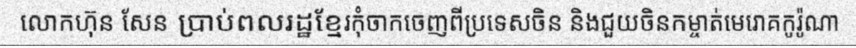
លោកហ៊ុន សែន ប្រាប់ពលរដ្ឋខ្មែរកុំចាកចេញពីប្រទេសចិន និងជួយចិនកម្ចាត់មេរោគកូរ៉ូណា